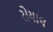
રોયાલ